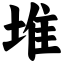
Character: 堆